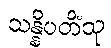
သန္နိပတိံသု